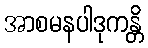
အာစမနပါဒုကန္တိ